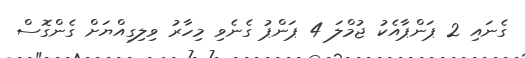
ގެނައި 2 ޕަންޕާއެކު ޖުމްލަ 4 ޕަންޕު ގެނެވި މިހާރު ވިލިގިއްޔަށް ގެންގޮސް